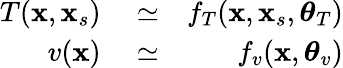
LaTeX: \begin{array}{rlr}{T(\mathbf{x},\mathbf{x}_{s})}&{{}\simeq}&{f_{T}(\mathbf{x},\mathbf{x}_{s},\boldsymbol{\theta}_{T})}\\ {v(\mathbf{x})}&{{}\simeq}&{f_{v}(\mathbf{x},\boldsymbol{\theta}_{v})}\end{array}